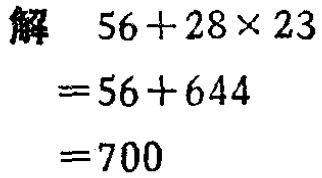
解

\[

\begin{align*}

&56 + 28\times23\\

=&56 + 644\\

=&700

\end{align*}

\]